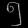
Digit: ၅